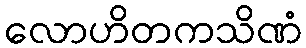
လောဟိတကသိဏံ